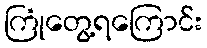
ကြုံတွေ့ရကြောင်း